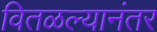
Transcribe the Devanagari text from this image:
वितळल्यानंतर